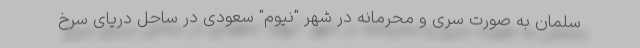
سلمان به صورت سری و محرمانه در شهر "نیوم" سعودی در ساحل دریای سرخ